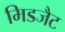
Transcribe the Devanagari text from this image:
मिडजैट